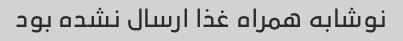
نوشابه همراه غذا ارسال نشده بود